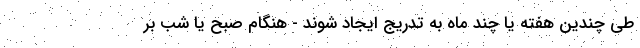
طی چندین هفته یا چند ماه به تدریج ایجاد شوند - هنگام صبح یا شب بر